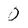
Character: 0